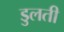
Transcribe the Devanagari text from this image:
डुलती